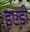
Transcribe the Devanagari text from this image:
इएडी